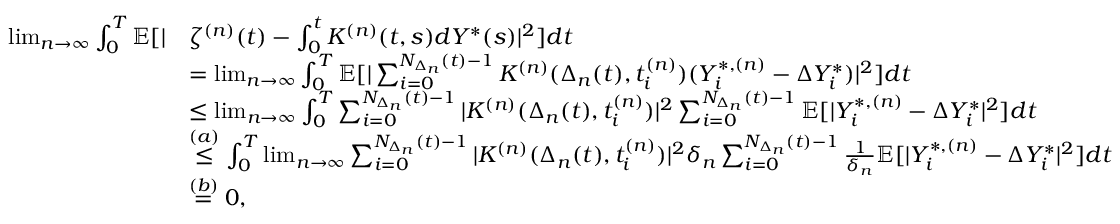
\begin{array} { r l } { \operatorname* { l i m } _ { n \to \infty } \int _ { 0 } ^ { T } \mathbb { E } [ \vert } & { \zeta ^ { ( n ) } ( t ) - \int _ { 0 } ^ { t } K ^ { ( n ) } ( t , s ) d Y ^ { \ast } ( s ) \vert ^ { 2 } ] d t } \\ & { = \operatorname* { l i m } _ { n \to \infty } \int _ { 0 } ^ { T } \mathbb { E } [ \vert \sum _ { i = 0 } ^ { N _ { \Delta _ { n } } ( t ) - 1 } K ^ { ( n ) } ( \Delta _ { n } ( t ) , t _ { i } ^ { ( n ) } ) ( Y _ { i } ^ { \ast , ( n ) } - \Delta Y _ { i } ^ { \ast } ) \vert ^ { 2 } ] d t } \\ & { \le \operatorname* { l i m } _ { n \to \infty } \int _ { 0 } ^ { T } \sum _ { i = 0 } ^ { N _ { \Delta _ { n } } ( t ) - 1 } \vert K ^ { ( n ) } ( \Delta _ { n } ( t ) , t _ { i } ^ { ( n ) } ) \vert ^ { 2 } \sum _ { i = 0 } ^ { N _ { \Delta _ { n } } ( t ) - 1 } \mathbb { E } [ \vert Y _ { i } ^ { \ast , ( n ) } - \Delta Y _ { i } ^ { \ast } \vert ^ { 2 } ] d t } \\ & { \overset { ( a ) } { \le } \int _ { 0 } ^ { T } \operatorname* { l i m } _ { n \to \infty } \sum _ { i = 0 } ^ { N _ { \Delta _ { n } } ( t ) - 1 } \vert K ^ { ( n ) } ( \Delta _ { n } ( t ) , t _ { i } ^ { ( n ) } ) \vert ^ { 2 } \delta _ { n } \sum _ { i = 0 } ^ { N _ { \Delta _ { n } } ( t ) - 1 } \frac { 1 } { \delta _ { n } } \mathbb { E } [ \vert Y _ { i } ^ { \ast , ( n ) } - \Delta Y _ { i } ^ { \ast } \vert ^ { 2 } ] d t } \\ & { \overset { ( b ) } { = } 0 , } \end{array}